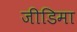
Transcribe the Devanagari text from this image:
जीडिमा